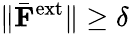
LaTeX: \lVert\bar{\mathbf F}^{\textrm{ext}}\rVert\geq\delta